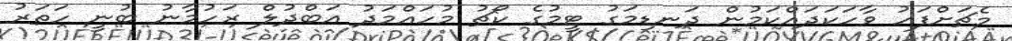
މެޗަށްފަހު ވާހަކަދައްކަމުން ދަނޑިމަގު ޓީމުގެ ކޯޗު މުހައްމަދު އަބްދުލް ރަހުމާނު ބުނީ ހަތަރު